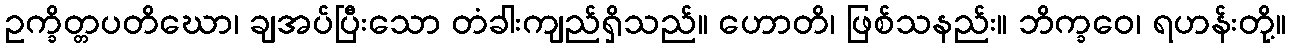
ဥက္ခိတ္တပတိဃော၊ ချအပ်ပြီးသော တံခါးကျည်ရှိသည်။ ဟောတိ၊ ဖြစ်သနည်း။ ဘိက္ခဝေ၊ ရဟန်းတို့။